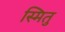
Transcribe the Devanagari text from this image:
स्मितु